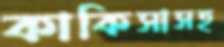
কাকিসাসহ